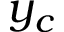
y _ { c }